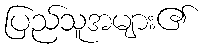
ပြည်သူအများ၏